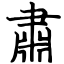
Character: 肅